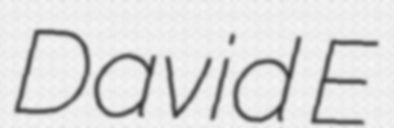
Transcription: David E